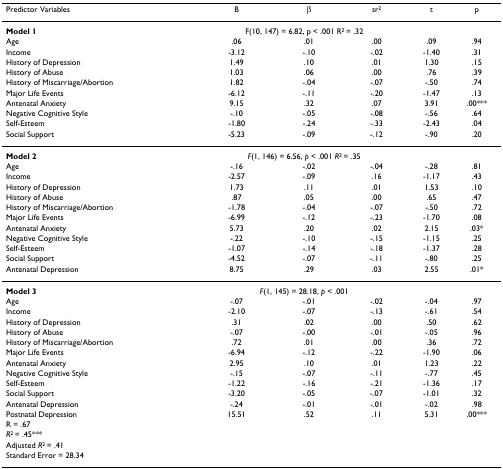
<table><thead><tr><td><b>Predictor Variables</b></td><td><b>B</b></td><td><b>β</b></td><td><b>sr<sup>2</sup></b></td><td><b>t</b></td><td><b>p</b></td></tr></thead><tbody><tr><td><b>Model 1</b></td><td colspan="3">F(10, 147) = 6.82, p &lt; .001 R<sup>2 </sup>= .32</td><td></td><td></td></tr><tr><td>Age</td><td>.06</td><td>.01</td><td>.00</td><td>.09</td><td>.94</td></tr><tr><td>Income</td><td>-3.12</td><td>-.10</td><td>-.02</td><td>-1.40</td><td>.31</td></tr><tr><td>History of Depression</td><td>1.49</td><td>.10</td><td>.01</td><td>1.30</td><td>.15</td></tr><tr><td>History of Abuse</td><td>1.03</td><td>.06</td><td>.00</td><td>.76</td><td>.39</td></tr><tr><td>History of Miscarriage/Abortion</td><td>1.82</td><td>-.04</td><td>-.07</td><td>-.50</td><td>.74</td></tr><tr><td>Major Life Events</td><td>-6.12</td><td>-.11</td><td>-.20</td><td>-1.47</td><td>.13</td></tr><tr><td>Antenatal Anxiety</td><td>9.15</td><td>.32</td><td>.07</td><td>3.91</td><td>.00***</td></tr><tr><td>Negative Cognitive Style</td><td>-.10</td><td>-.05</td><td>-.08</td><td>-.56</td><td>.64</td></tr><tr><td>Self-Esteem</td><td>-1.80</td><td>-.24</td><td>-.33</td><td>-2.43</td><td>.04</td></tr><tr><td>Social Support</td><td>-5.23</td><td>-.09</td><td>-.12</td><td>-.90</td><td>.20</td></tr><tr><td><b>Model 2</b></td><td colspan="3"><i>F</i>(1, 146) = 6.56, <i>p </i>&lt; .001 <i>R</i><sup>2 </sup>= .35</td><td></td><td></td></tr><tr><td>Age</td><td>-.16</td><td>-.02</td><td>-.04</td><td>-.28</td><td>.81</td></tr><tr><td>Income</td><td>-2.57</td><td>-.09</td><td>.16</td><td>-1.17</td><td>.43</td></tr><tr><td>History of Depression</td><td>1.73</td><td>.11</td><td>.01</td><td>1.53</td><td>.10</td></tr><tr><td>History of Abuse</td><td>.87</td><td>.05</td><td>.00</td><td>.65</td><td>.47</td></tr><tr><td>History of Miscarriage/Abortion</td><td>-1.78</td><td>-.04</td><td>-.07</td><td>-.50</td><td>.72</td></tr><tr><td>Major Life Events</td><td>-6.99</td><td>-.12</td><td>-.23</td><td>-1.70</td><td>.08</td></tr><tr><td>Antenatal Anxiety</td><td>5.73</td><td>.20</td><td>.02</td><td>2.15</td><td>.03*</td></tr><tr><td>Negative Cognitive Style</td><td>-.22</td><td>-.10</td><td>-.15</td><td>-1.15</td><td>.25</td></tr><tr><td>Self-Esteem</td><td>-1.07</td><td>-.14</td><td>-.18</td><td>-1.37</td><td>.28</td></tr><tr><td>Social Support</td><td>-4.52</td><td>-.07</td><td>-.11</td><td>-.80</td><td>.25</td></tr><tr><td>Antenatal Depression</td><td>8.75</td><td>.29</td><td>.03</td><td>2.55</td><td>.01*</td></tr><tr><td><b>Model 3</b></td><td colspan="3"><i>F</i>(1, 145) = 28.18, <i>p </i>&lt; .001</td><td></td><td></td></tr><tr><td>Age</td><td>-.07</td><td>-.01</td><td>-.02</td><td>-.04</td><td>.97</td></tr><tr><td>Income</td><td>-2.10</td><td>-.07</td><td>-.13</td><td>-.61</td><td>.54</td></tr><tr><td>History of Depression</td><td>.31</td><td>.02</td><td>.00</td><td>.50</td><td>.62</td></tr><tr><td>History of Abuse</td><td>-.07</td><td>-.00</td><td>-.01</td><td>-.05</td><td>.96</td></tr><tr><td>History of Miscarriage/Abortion</td><td>.72</td><td>.01</td><td>.00</td><td>.36</td><td>.72</td></tr><tr><td>Major Life Events</td><td>-6.94</td><td>-.12</td><td>-.22</td><td>-1.90</td><td>.06</td></tr><tr><td>Antenatal Anxiety</td><td>2.95</td><td>.10</td><td>.01</td><td>1.23</td><td>.22</td></tr><tr><td>Negative Cognitive Style</td><td>-.15</td><td>-.07</td><td>-.11</td><td>-.77</td><td>.45</td></tr><tr><td>Self-Esteem</td><td>-1.22</td><td>-.16</td><td>-.21</td><td>-1.36</td><td>.17</td></tr><tr><td>Social Support</td><td>-3.20</td><td>-.05</td><td>-.07</td><td>-1.01</td><td>.32</td></tr><tr><td>Antenatal Depression</td><td>-.24</td><td>-.01</td><td>-.01</td><td>-.02</td><td>.98</td></tr><tr><td>Postnatal Depression</td><td>15.51</td><td>.52</td><td>.11</td><td>5.31</td><td>.00***</td></tr><tr><td>R = .67</td><td></td><td></td><td></td><td></td><td></td></tr><tr><td><i>R</i><sup>2 </sup>= .45***</td><td></td><td></td><td></td><td></td><td></td></tr><tr><td>Adjusted <i>R</i><sup>2 </sup>= .41</td><td></td><td></td><td></td><td></td><td></td></tr><tr><td>Standard Error = 28.34</td><td></td><td></td><td></td><td></td><td></td></tr></tbody></table>